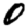
Digit: 0